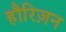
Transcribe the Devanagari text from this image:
हौरिज़न